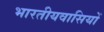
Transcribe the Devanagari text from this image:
भारतीयवासियों